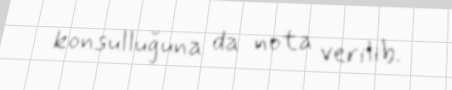
konsulluğuna da nota verilib.